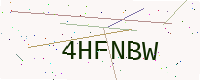
Text: 4HFNBW